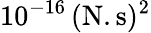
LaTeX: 10^{-16}\, (\textrm{N}.\textrm{s})^{2}